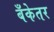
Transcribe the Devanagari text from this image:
बँकेतर